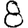
Digit: 8